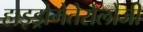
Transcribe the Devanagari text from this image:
हाइड्रोमेतेरोलोजी